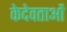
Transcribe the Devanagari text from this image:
केदेवताओं